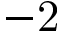
\mathrm { - 2 }